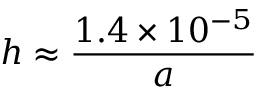
h \approx { \frac { 1 . 4 \times 1 0 ^ { - 5 } } { a } }